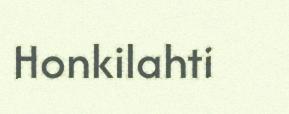
Honkilahti